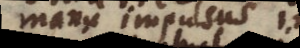
manu impulsus in